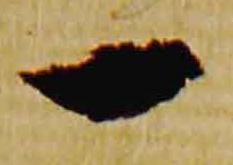
一